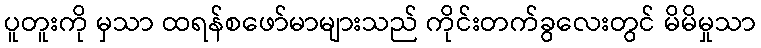
ပူတူးကို မှသာ ထရန်စဖော်မာများသည် ကိုင်းတက်ခွလေးတွင် မိမိမှုသာ